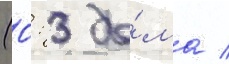
(0: 3 до́ма /